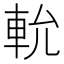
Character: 𨋍